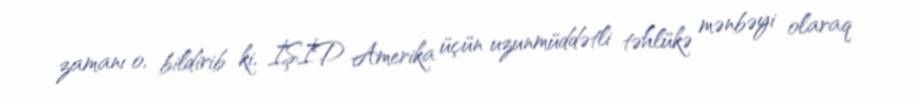
zamanı o, bildirib ki, İŞİD Amerika üçün uzunmüddətli təhlükə mənbəyi olaraq